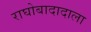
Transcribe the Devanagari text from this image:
राघोबादादाला